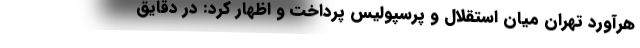
هرآورد تهران میان استقلال و پرسپولیس پرداخت و اظهار کرد: در دقایق